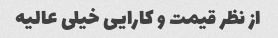
از نظر قیمت و کارایی خیلی عالیه